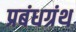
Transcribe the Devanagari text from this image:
प्रबंधग्रंथ